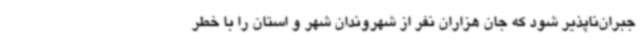
جبران‌ناپذیر شود که جان هزاران نفر از شهروندان شهر و استان را با خطر